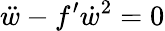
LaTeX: \ddot{w}-f^{\prime}\dot{w}^{2}=0